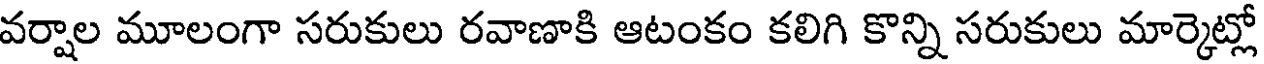
వర్షాల మూలంగా సరుకులు రవాణాకి ఆటంకం కలిగి కొన్ని సరుకులు మార్కెట్లో